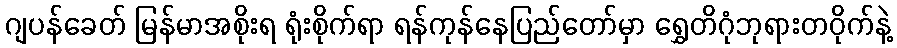
ဂျပန်ခေတ် မြန်မာအစိုးရ ရုံးစိုက်ရာ ရန်ကုန်နေပြည်တော်မှာ ရွှေတိဂုံဘုရားတဝိုက်နဲ့